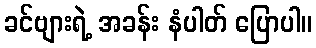
ခင်ဗျားရဲ့ အခန်း နံပါတ် ပြောပါ။